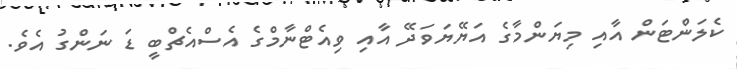
ކެލަންޓަން އާއި މިޔަންމާގެ އަޔޭޔަވަދޭ އާއި ވިއެޓްނާމްގެ އެސްއެޗްބީ ޑަ ނަންގު އެވެ.